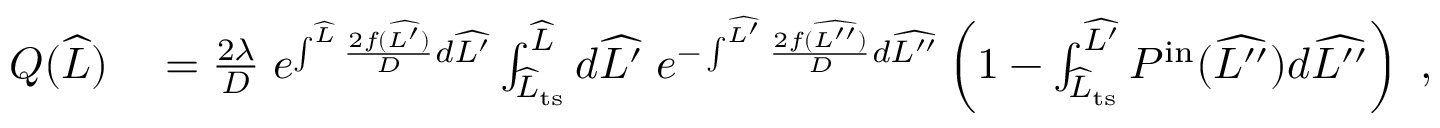
\begin{array} { r l } { Q ( \widehat { L } ) } & { { } = \frac { 2 \lambda } { D } \; e ^ { \int ^ { \widehat { L } } \frac { 2 f ( \widehat { L ^ { \prime } } ) } { D } d \widehat { L ^ { \prime } } } \int _ { \widehat { L } _ { \mathrm { t s } } } ^ { \widehat { L } } d \widehat { L ^ { \prime } } \; e ^ { - \int ^ { \widehat { L ^ { \prime } } } \frac { 2 f ( \widehat { L ^ { \prime \prime } } ) } { D } d \widehat { L ^ { \prime \prime } } } \left( 1 - \int _ { \widehat { L } _ { \mathrm { t s } } } ^ { \widehat { L ^ { \prime } } } P ^ { \mathrm { i n } } ( \widehat { L ^ { \prime \prime } } ) d \widehat { L ^ { \prime \prime } } \right) \ , } \end{array}